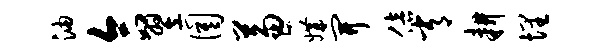
油合翌圉兼媾开倍常耕埋